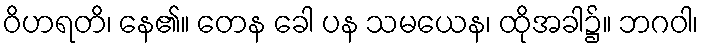
ဝိဟရတိ၊ နေ၏။ တေန ခေါ ပန သမယေန၊ ထိုအခါ၌။ ဘဂဝါ၊